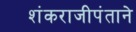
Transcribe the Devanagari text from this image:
शंकराजीपंताने